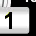
Digit: 1